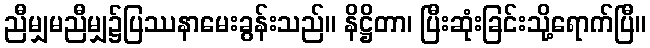
ညီမျှမညီမျှ၌ပြဿနာမေးခွန်းသည်။ နိဋ္ဌိတာ၊ ပြီးဆုံးခြင်းသို့ရောက်ပြီ။